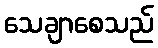
သေချာစေသည်